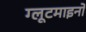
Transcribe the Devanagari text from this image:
ग्लूटमाइनों